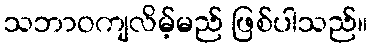
သဘာဝကျလိမ့်မည် ဖြစ်ပါသည်။